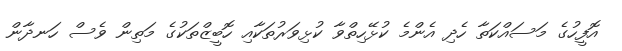
އޮފީހުގެ މަސައްކަތާ ހެދި އެންމެ ކުޅޭހިތްވާ ކުޅިވަރުތަކާއި ހޮބީޒްތަކުގެ މަތިން ވެސް ހަނދާން